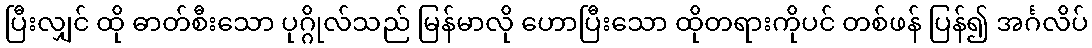
ပြီးလျှင် ထို ဓာတ်စီးသော ပုဂ္ဂိုလ်သည် မြန်မာလို ဟောပြီးသော ထိုတရားကိုပင် တစ်ဖန် ပြန်၍ အင်္ဂလိပ်